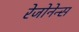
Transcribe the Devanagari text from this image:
रेजोनेन्स